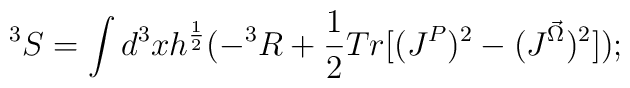
^3S = \int d^3xh^{\frac {1}{2}}(- ^3R + \frac {1}{2}Tr[(J^P)^2 -(J^{\vec \Omega})^2]);